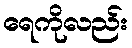
ရေကိုလည်း